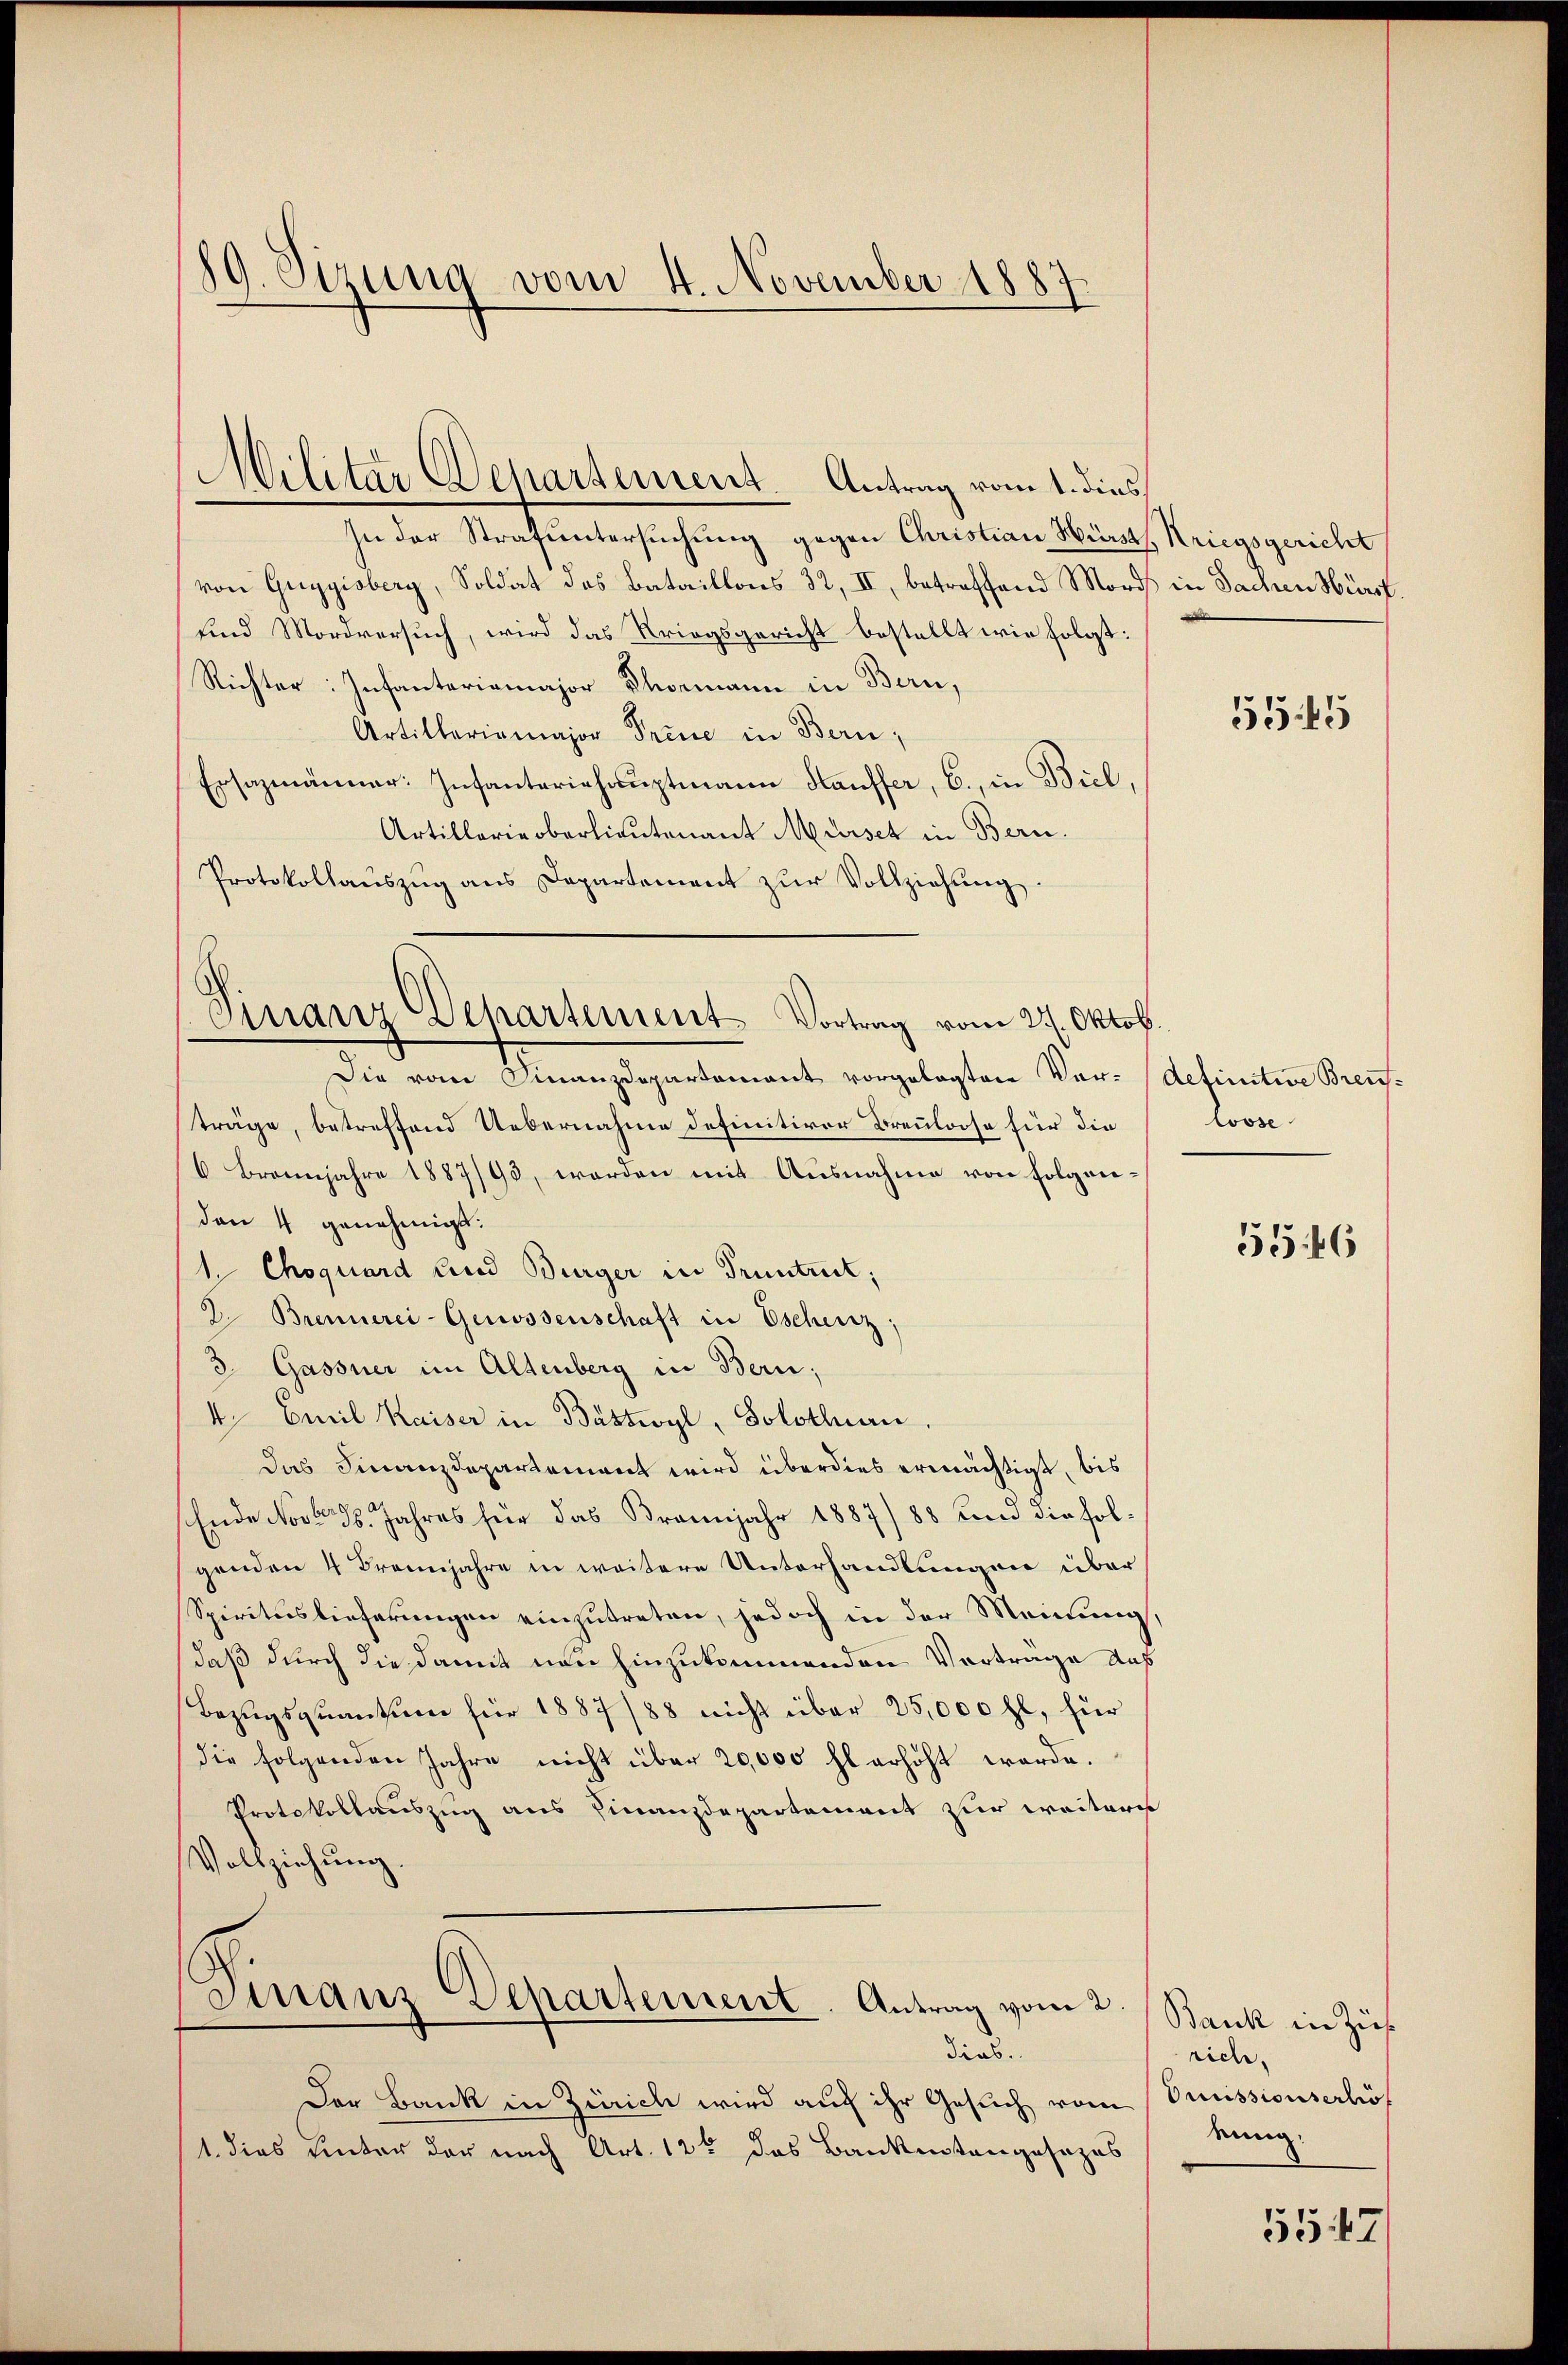
89. Sizung vom 4. November 1887.

In der Strafuntersuchung gegen Christian Hürst, Kriegsgericht
von Guggisberg, Soldat des Bataillons 32, II, betreffend Mord in Sachen Hürst
sind Mordversuch, wird das Kriegsgericht bestellt wie folgt:
Richter: Infanteriamajor Thormann in Bern,
Artilleriomajor Treue in Bern;
Ersatzmänner: Infanteriehaŭptmann Hauffer, C., in Biel,
Artillarie oberlieutenant Mürisch in Bern.
Protokollaŭszŭg ans Departement zŭr Vollziehung.
Die vom Finanzdepartement vorgelegten Vor- (Aetinitive Breiträge, betreffend Uebernahme definitiver Brenloose für die
6 Broenjahre 1887/93, werden mit Ausnahme von Folgenden 4 genehmigt.
1. Choquard und Bürger in Pruntrut;
2. Brennerei-Genossenschaft in Eschenz;
3 Gassner im Altenberg in Bern;
4. Emil Kaiser in Bättwyl, Solothurn.
das Finanzdepartement wird überdies ermächtigt, bis
Ende Nov. 18. Jahres für das Brannjahr 1887/88 und die folgenden 4 Brannjahre in weitere Unterhandlungen über
Spiriterslieferungen einzutreten, jedoch in der Meinung,
daß durch die damit neu einzukommenden Vorträge aus
Bezugsquantum für 1887/88 nicht über 25,000 fl, für
die folgenden Jahre nicht über 20,000 fl erhöht werde.
Protokollauszug aus Finanzdepartement zur weitere
Vollziehung.
Finanz Separtement. Antrag vom 2.
dias.
Der Bank in Zürich wird auf ihr Gesuch vom Omnissionserhöf
1. dies unter der nach Art. 12t das Bankistengesages

Militar Departement. Antrag vom 1. dies

Finanz Departement, Vortrag vom 27. Oktob.

5545

Loose

5546

Bank in Zif.
rich.
kung

5547